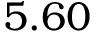
5 . 6 0